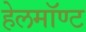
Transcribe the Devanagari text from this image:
हेलमॉण्ट